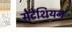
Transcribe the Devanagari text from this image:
सेटेशियन